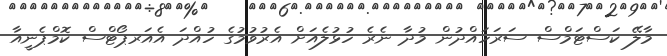
މާލޭ ކަސްޓަމްސް ސަރަހައްދުން މުދާ ނެރެ ހުޅުލެއަށް އެރުވުމުގެ ހުއްދަ އެއަރޕޯޓްސް ކޮމްޕެނީއާ